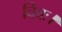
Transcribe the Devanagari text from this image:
विवः।